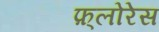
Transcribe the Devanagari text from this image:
फ़्लोरेस